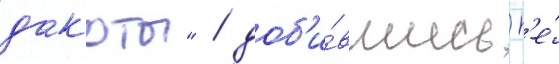
дакоты" / доб'и́вшись н'е́